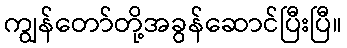
ကျွန်တော်တို့အခွန်ဆောင်ပြီးပြီ။